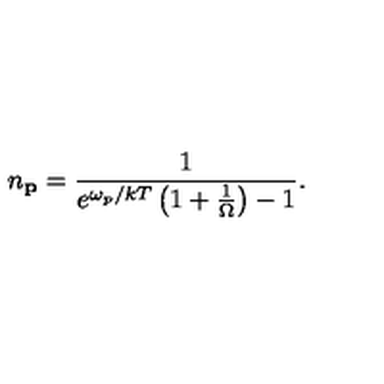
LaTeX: n _ { \bf p } = { \frac { 1 } { e ^ { \omega _ { p } / k T } \left( 1 + { \frac { 1 } { \Omega } } \right) - 1 } } .